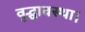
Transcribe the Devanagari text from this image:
वृद्धावस्था।